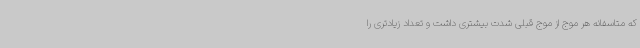
که متاسفانه هر موج از موج قبلی شدت بیشتری داشت و تعداد زیادتری را